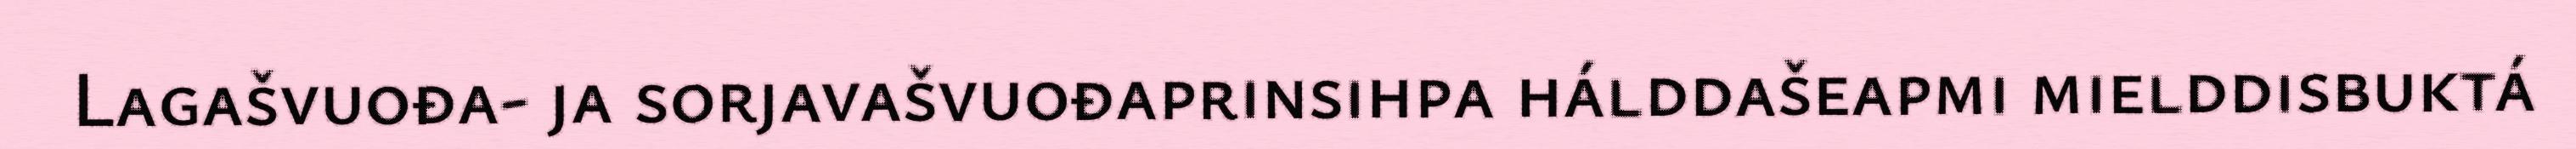
Lagašvuođa- ja sorjavašvuođaprinsihpa hálddašeapmi mielddisbuktá